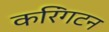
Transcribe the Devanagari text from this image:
करिंगटन